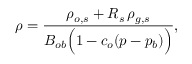
\rho = \frac { \rho _ { o , s } + R _ { s } \, \rho _ { g , s } } { B _ { o b } \Big ( 1 - c _ { o } ( p - p _ { b } ) \Big ) } ,